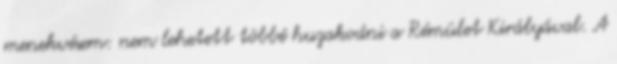
menekvésem: nem lehetett többé huzakodni a Rémület Királyával. A